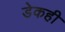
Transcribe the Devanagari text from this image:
डेकही